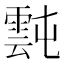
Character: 霕